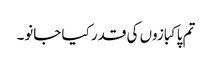
تم پاکبازوں کی قدر کیا جانو۔